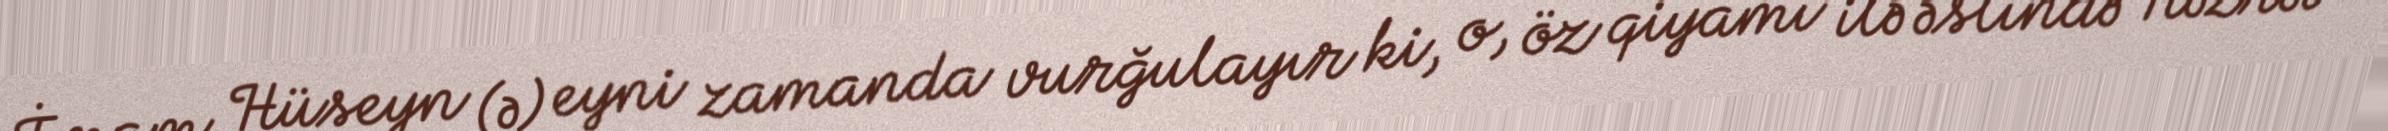
İmam Hüseyn (ə) eyni zamanda vurğulayır ki, o, öz qiyamı ilə əslində Həzrət